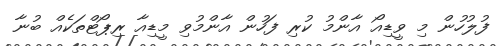
ފުލުހުން މި ވީޑިއޯ އާންމު ކުރި ފަހުން އާންމުވި މީޑިއާ ރިޕޯޓްތަކެއް ބުނާ